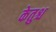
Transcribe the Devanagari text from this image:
केतुश्च